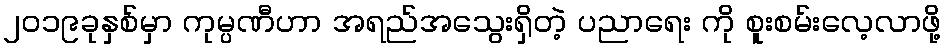
၂၀၁၉ခုနှစ်မှာ ကုမ္ပဏီဟာ အရည်အသွေးရှိတဲ့ ပညာရေး ကို စူးစမ်းလေ့လာဖို့